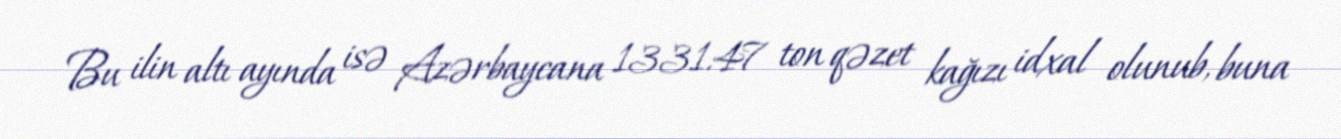
Bu ilin altı ayında isə Azərbaycana 1331.47 ton qəzet kağızı idxal olunub, buna